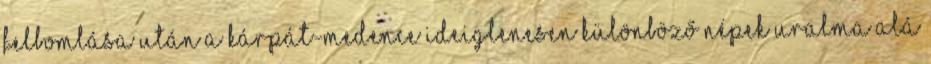
felbomlása után a Kárpát-medence ideiglenesen különböző népek uralma alá